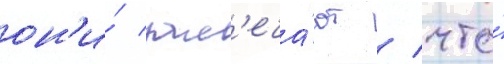
он'и́ зам'еча́ют / что́